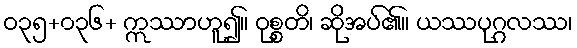
ဝ၃၅+၀၃၆+ ဣဿာဟူ၍။ ဝုစ္စတိ၊ ဆိုအပ်၏။ ယဿပုဂ္ဂလဿ၊